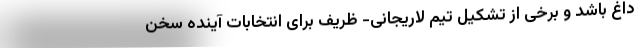
داغ باشد و برخی از تشکیل تیم لاریجانی- ظریف برای انتخابات آینده سخن